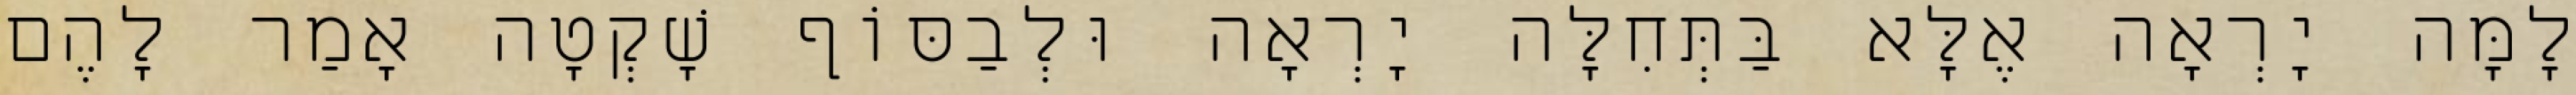
לָמָּה יָרְאָה אֶלָּא בַּתְּחִלָּה יָרְאָה וּלְבַסּוֹף שָׁקְטָה אָמַר לָהֶם